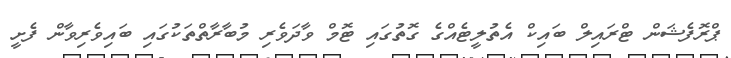
ޕްރޮފެޝަން ޓްރައިލް ބައިކް އެތުލީޓެއްގެ ގޮތުގައި ޓޮމް ވާދަވެރި މުބާރާތްތަކުގައި ބައިވެރިވާން ފެށީ